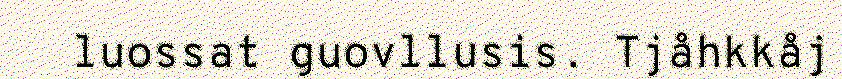
luossat guovllusis. Tjåhkkåj